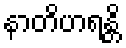
နာတိဟရန္တိ